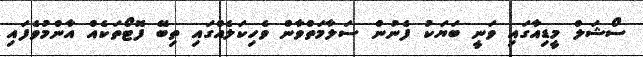
ސޯޝަލް މީޑިއާގައި ވަނީ ބަޔަކު ފެނުން ސަލާމަތްވާން ވެހިކަލެއްގައި ތިބޭ ފޮޓޯތަކެއް އާންމުވެފައި